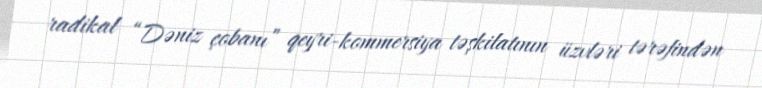
radikal “Dəniz çobanı” qeyri-kommersiya təşkilatının üzvləri tərəfindən